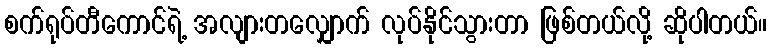
စက်ရုပ်တီကောင်ရဲ့ အလျားတလျှောက် လုပ်နိုင်သွားတာ ဖြစ်တယ်လို့ ဆိုပါတယ်။